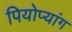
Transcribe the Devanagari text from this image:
पियोप्यांग